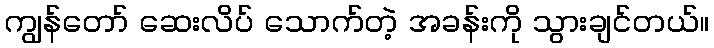
ကျွန်တော် ဆေးလိပ် သောက်တဲ့ အခန်းကို သွားချင်တယ်။